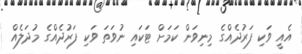
އެއީ ވަކި ފަރުދެއްގެ މިނިވަން ކަމަށް ޓަކައި ނުވަތަ ވަކި ފަރުދެއްގެ މުދަލެއް